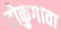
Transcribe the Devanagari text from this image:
टोकुगावा